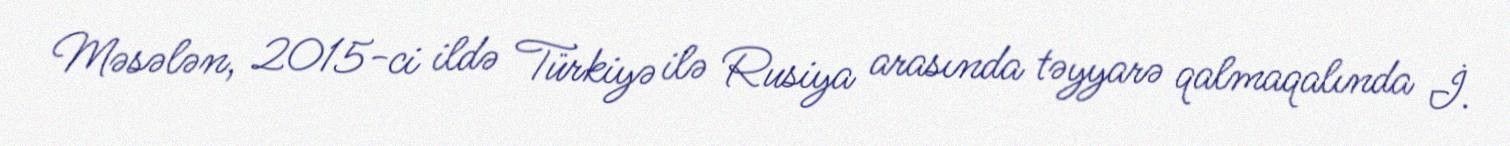
Məsələn, 2015-ci ildə Türkiyə ilə Rusiya arasında təyyarə qalmaqalında İ.